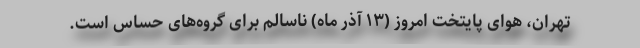
تهران، هوای پایتخت امروز (۱۳ آذر ماه) ناسالم برای گروه‌های حساس است.